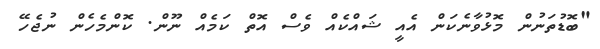
"ބޮޑުތަނުން މޮޅުވާނެކަން އެއީ ޝައްކެއް ވެސް އޮތް ކަމެއް ނޫން. ކޮންމެހެން ނުޖެހޭ